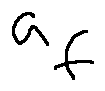
a _ { f }